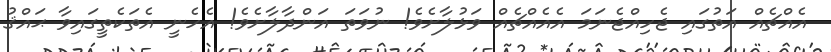
އެއްޗެއް އަތުގައި ޖެހިއްޖެނަމަ އެއެއްޗެއް ވަޅުލާށެވެ! ނުވަތަ އަންދާލާށެވެ! އެހެނީ އެތަކެތީގައިވާ ޙައްޤު